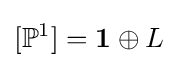
[\mathbb {P} ^{1}]=\mathbf {1} \oplus L